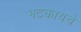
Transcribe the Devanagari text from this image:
भटकायचे